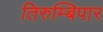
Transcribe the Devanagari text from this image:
तिरुम्बिपार